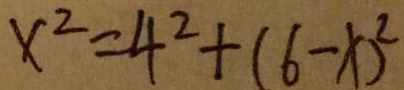
x ^ { 2 } = 4 ^ { 2 } + ( 6 - x ) ^ { 2 }